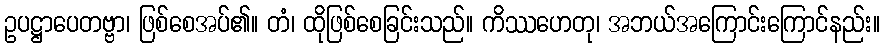
ဥပဋ္ဌာပေတဗ္ဗာ၊ ဖြစ်စေအပ်၏။ တံ၊ ထိုဖြစ်စေခြင်းသည်။ ကိဿဟေတု၊ အဘယ်အကြောင်းကြောင်နည်း။